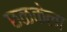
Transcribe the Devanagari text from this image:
छळकेला